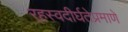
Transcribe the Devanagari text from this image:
र्‍हस्वदीर्घतेप्रमाणे